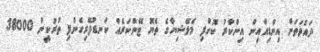
ދައުވަތަށް އިންޑިއާއިން އިންކާރު ކޮށްފި މެލޭޝިޔާގެ ތެޔޮ ޓޭންކަރެއް ކަނޑުފޭރިގެންފި ތުރުކީން 38000